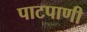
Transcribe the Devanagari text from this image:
पाटपाणी